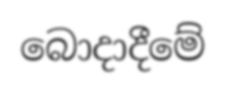
බොදාදීමේ